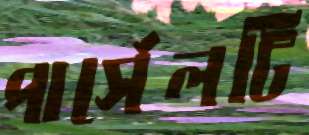
পার্সেলটি